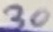
Text: 30